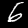
Label: 6